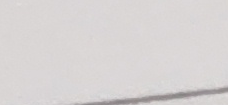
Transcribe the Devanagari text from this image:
मन